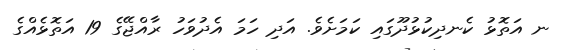
ނ އަތޮޅު ކެނދިކުޅުދޫގައި ކަމަށެވެ. އަދި ހަމަ އެދުވަހު ރާއްޖޭގެ 19 އަތޮޅެއްގެ